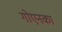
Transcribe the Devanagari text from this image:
गोएनका